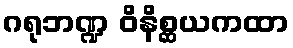
ဂရုဘဏ္ဍ ဝိနိစ္ဆယကထာ